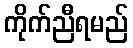
ကိုက်ညီရမည်